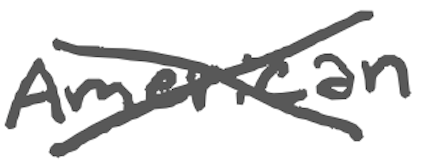
Text: American
Cross-out: cross
Writing tool: digital_gray